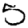
Digit: 5